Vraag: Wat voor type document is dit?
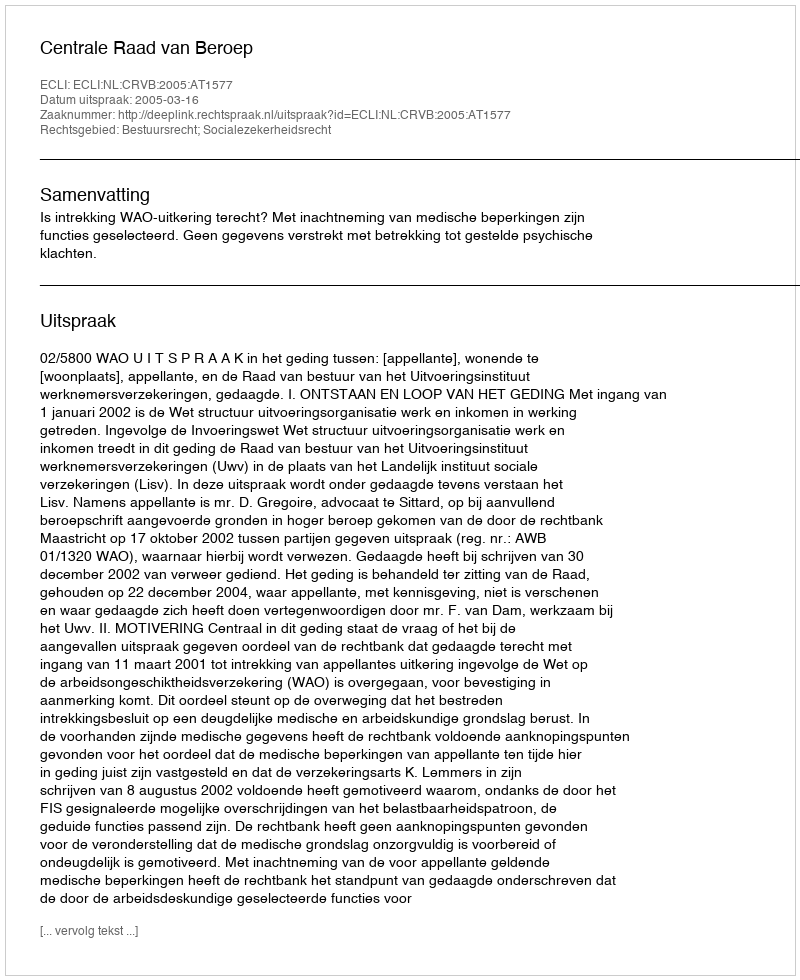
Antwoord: Uitspraak